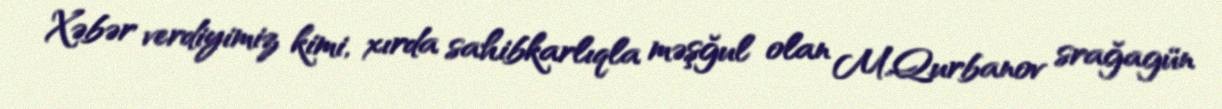
Xəbər verdiyimiz kimi, xırda sahibkarlıqla məşğul olan M.Qurbanov srağagün